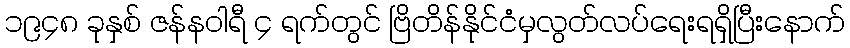
၁၉၄၈ ခုနှစ် ဇန်နဝါရီ ၄ ရက်တွင် ဗြိတိန်နိုင်ငံမှလွတ်လပ်ရေးရရှိပြီးနောက်